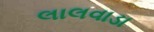
લાલવાડા